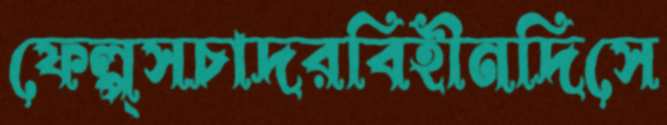
ফেল্প্সচাদরবিহীনদিসে